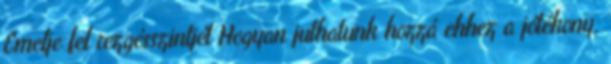
Emelje fel rezgésszintjét Hogyan juthatunk hozzá ehhez a jótékony,